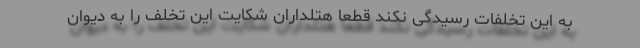
به این تخلفات رسیدگی نکند قطعا هتلداران شکایت این تخلف را به دیوان